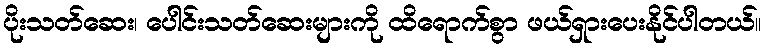
ပိုးသတ်ဆေး၊ ပေါင်းသတ်ဆေးများကို ထိရောက်စွာ ဖယ်ရှားပေးနိုင်ပါတယ်။